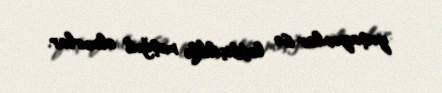
yaşayanlar isə lobbiçiliklə məşğul olmurlar.